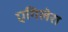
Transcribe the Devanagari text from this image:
एगिलेरा